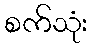
စက်သုံး